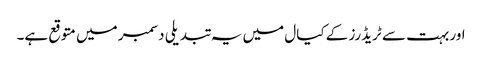
اور بہت سے ٹریڈرز کے کیال میں یہ تبدیلی دسمبر میں متوقع ہے۔